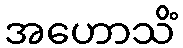
အဟောသိံ